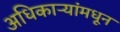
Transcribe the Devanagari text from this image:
अधिकाऱ्यांमधून